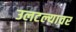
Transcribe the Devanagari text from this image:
उलटल्यावर